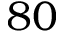
8 0